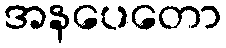
အနပေတော